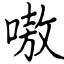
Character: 嗷